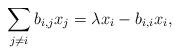
LaTeX: \begin{align*}\sum_{j\neq i}b_{i,j}x_j=\lambda x_i-b_{i,i}x_i,\end{align*}